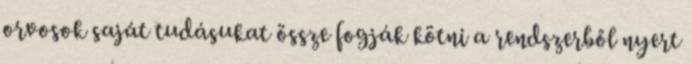
orvosok saját tudásukat össze fogják kötni a rendszerből nyert